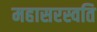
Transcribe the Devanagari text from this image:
महासरस्वति